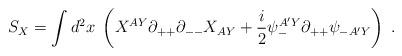
LaTeX: \begin{align*}S_X = \int d^2x\; \left( X^{AY}\partial_{++}\partial_{--} X_{AY} +{i\over 2}\psi^{A'Y}_-\partial_{++}\psi_{-A'Y}\right)\; .\end{align*}